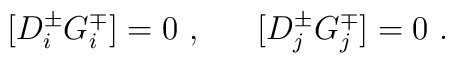
[D^\pm_i G^\mp_i] = 0 ~, ~~~~~ [D^\pm_j G^\mp_j] = 0 ~.